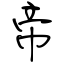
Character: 帝